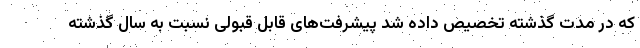
که در مدت گذشته تخصیص داده شد پیشرفت‌های قابل قبولی نسبت به سال گذشته